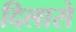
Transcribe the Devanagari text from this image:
दिलासे